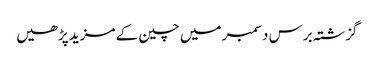
گزشتہ برس دسمبر میں چین کے مزید پڑھیں